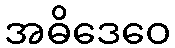
အဓိဒေဝေ